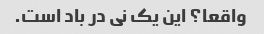
واقعا؟ این یک نی در باد است.